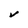
Character: V